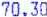
70.30